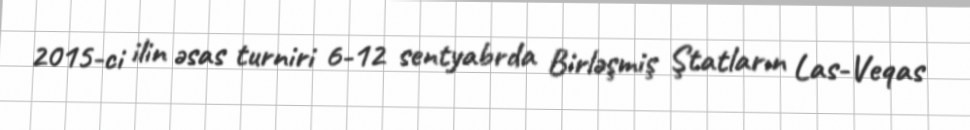
2015-ci ilin əsas turniri 6-12 sentyabrda Birləşmiş Ştatların Las-Veqas